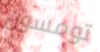
تومسون